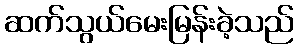
ဆက်သွယ်မေးမြန်းခဲ့သည်